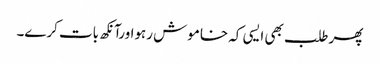
پھرطلب بھی ایسی کہ خاموش رہواورآنکھ بات کرے۔